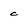
Character: c